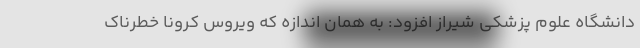
دانشگاه علوم پزشکی شیراز افزود: به همان اندازه که ویروس کرونا خطرناک